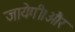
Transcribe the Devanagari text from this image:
जायेगी।और